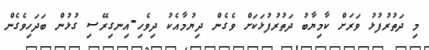
މި ދަތުރުފުޅު ވަރަށް ކާމިޔާބު ދަތުރުފުޅަކަށް ވެގެން ދިޔުމާއެކު ދިވެހި-އިނގިރޭސި ގުޅުން ބަދަހިވެގެން